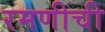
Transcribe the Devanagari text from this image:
रमणीची